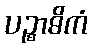
ပဉ္စာဓိကံ